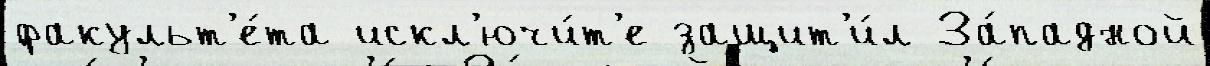
факульт'е́та искл'ючи́т'е защит'и́л За́падной